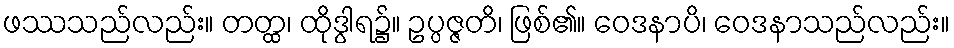
ဖဿသည်လည်း။ တတ္ထ၊ ထိုဒွါရ၌။ ဥပ္ပဇ္ဇတိ၊ ဖြစ်၏။ ဝေဒနာပိ၊ ဝေဒနာသည်လည်း။